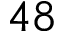
{ 4 8 }